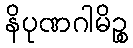
နိပုဏဂါမိဉ္စ